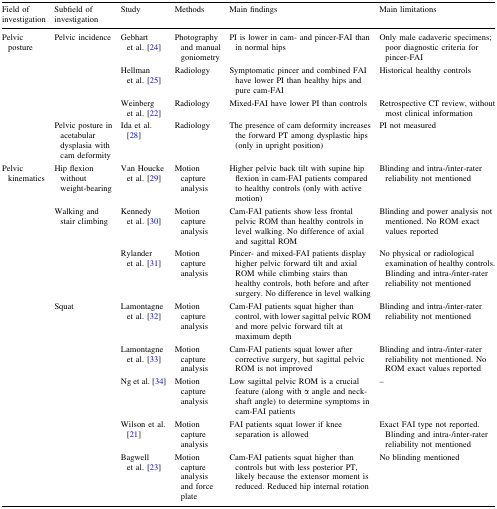
<table><thead><tr><td><b>Field of investigation</b></td><td><b>Subfield of investigation</b></td><td><b>Study</b></td><td><b>Methods</b></td><td><b>Main findings</b></td><td><b>Main limitations</b></td></tr></thead><tbody><tr><td rowspan="4">Pelvic posture</td><td rowspan="3">Pelvic incidence</td><td>Gebhart et al. [24]</td><td>Photography and manual goniometry</td><td>PI is lower in cam- and pincer-FAI than in normal hips</td><td>Only male cadaveric specimens; poor diagnostic criteria for pincer-FAI</td></tr><tr><td>Hellman et al. [25]</td><td>Radiology</td><td>Symptomatic pincer and combined FAI have lower PI than healthy hips and pure cam-FAI</td><td>Historical healthy controls</td></tr><tr><td>Weinberg et al. [22]</td><td>Radiology</td><td>Mixed-FAI have lower PI than controls</td><td>Retrospective CT review, without most clinical information</td></tr><tr><td>Pelvic posture in acetabular dysplasia with cam deformity</td><td>Ida et al. [28]</td><td>Radiology</td><td>The presence of cam deformity increases the forward PT among dysplastic hips (only in upright position)</td><td>PI not measured</td></tr><tr><td rowspan="8">Pelvic kinematics</td><td>Hip flexion without weight-bearing</td><td>Van Houcke et al. [29]</td><td>Motion capture analysis</td><td>Higher pelvic back tilt with supine hip flexion in cam-FAI patients compared to healthy controls (only with active motion)</td><td>Blinding and intra-/inter-rater reliability not mentioned</td></tr><tr><td rowspan="2">Walking and stair climbing</td><td>Kennedy et al. [30]</td><td>Motion capture analysis</td><td>Cam-FAI patients show less frontal pelvic ROM than healthy controls in level walking. No difference of axial and sagittal ROM</td><td>Blinding and power analysis not mentioned. No ROM exact values reported</td></tr><tr><td>Rylander et al. [31]</td><td>Motion capture analysis</td><td>Pincer- and mixed-FAI patients display higher pelvic forward tilt and axial ROM while climbing stairs than healthy controls, both before and after surgery. No difference in level walking</td><td>No physical or radiological examination of healthy controls. Blinding and intra-/inter-rater reliability not mentioned</td></tr><tr><td rowspan="5">Squat</td><td>Lamontagne et al. [32]</td><td>Motion capture analysis</td><td>Cam-FAI patients squat higher than control, with lower sagittal pelvic ROM and more pelvic forward tilt at maximum depth</td><td>Blinding and intra-/inter-rater reliability not mentioned</td></tr><tr><td>Lamontagne et al. [33]</td><td>Motion capture analysis</td><td>Cam-FAI patients squat lower after corrective surgery, but sagittal pelvic ROM is not improved</td><td>Blinding and intra-/inter-rater reliability not mentioned. No ROM exact values reported</td></tr><tr><td>Ng et al. [34]</td><td>Motion capture analysis</td><td>Low sagittal pelvic ROM is a crucial feature (along with α angle and neck-shaft angle) to determine symptoms in cam-FAI patients</td><td>–</td></tr><tr><td>Wilson et al. [21]</td><td>Motion capture analysis</td><td>FAI patients squat lower if knee separation is allowed</td><td>Exact FAI type not reported. Blinding and intra-/inter-rater reliability not mentioned</td></tr><tr><td>Bagwell et al. [23]</td><td>Motion capture analysis and force plate</td><td>Cam-FAI patients squat higher than controls but with less posterior PT, likely because the extensor moment is reduced. Reduced hip internal rotation</td><td>No blinding mentioned</td></tr></tbody></table>